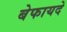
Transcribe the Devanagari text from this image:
बेफायदे